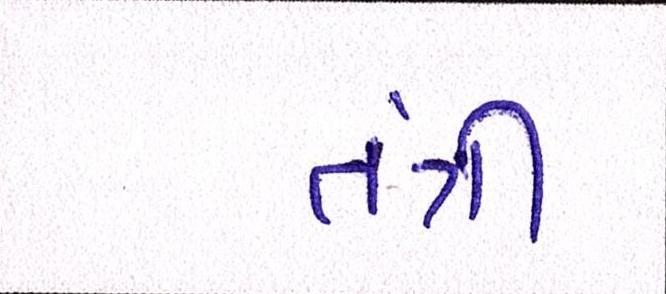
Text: તંત્રી